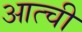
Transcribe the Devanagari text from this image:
आत्ची